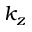
k _ { z }